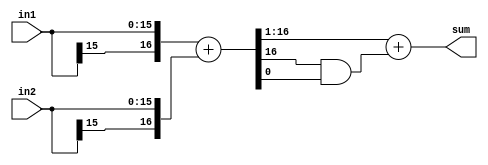
//
// Copyright 2011 Ettus Research LLC
//
// This program is free software: you can redistribute it and/or modify
// it under the terms of the GNU General Public License as published by
// the Free Software Foundation, either version 3 of the License, or
// (at your option) any later version.
//
// This program is distributed in the hope that it will be useful,
// but WITHOUT ANY WARRANTY; without even the implied warranty of
// MERCHANTABILITY or FITNESS FOR A PARTICULAR PURPOSE.  See the
// GNU General Public License for more details.
//
// You should have received a copy of the GNU General Public License
// along with this program.  If not, see <http://www.gnu.org/licenses/>.
//


module add2_and_round
  #(parameter WIDTH=16)
    (input [WIDTH-1:0] in1,
     input [WIDTH-1:0] in2,
     output [WIDTH-1:0] sum);

   wire [WIDTH:0] 	sum_int = {in1[WIDTH-1],in1} + {in2[WIDTH-1],in2};
   assign 		sum = sum_int[WIDTH:1] + (sum_int[WIDTH] & sum_int[0]);
   
endmodule // add2_and_round